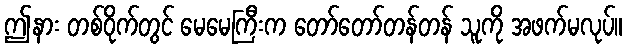
ဤနား တစ်ဝိုက်တွင် မေမေကြီးက တော်တော်တန်တန် သူကို အဖက်မလုပ်။